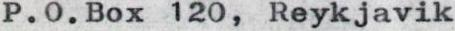
P.O.Box 120, Reykjavik